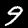
Digit: 9